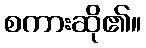
စကားဆို၏။